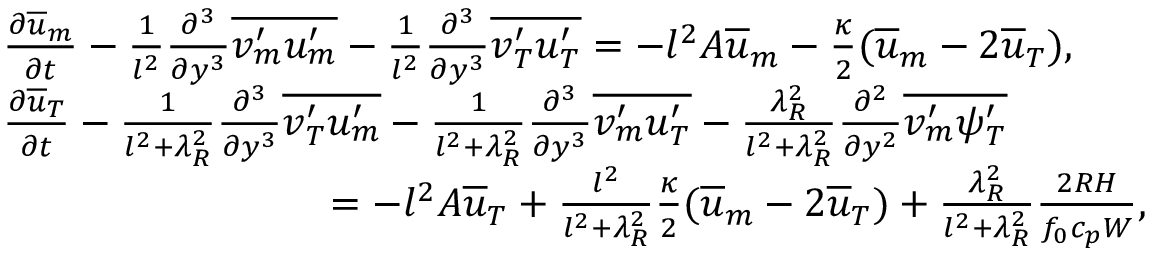
\begin{array} { r l } & { \frac { \partial \overline { { u } } _ { m } } { \partial t } - \frac { 1 } { l ^ { 2 } } \frac { \partial ^ { 3 } } { \partial y ^ { 3 } } \overline { { v _ { m } ^ { \prime } u _ { m } ^ { \prime } } } - \frac { 1 } { l ^ { 2 } } \frac { \partial ^ { 3 } } { \partial y ^ { 3 } } \overline { { v _ { T } ^ { \prime } u _ { T } ^ { \prime } } } = - l ^ { 2 } A \overline { { u } } _ { m } - \frac { \kappa } { 2 } ( \overline { { u } } _ { m } - 2 \overline { { u } } _ { T } ) , } \\ & { \frac { \partial \overline { { u } } _ { T } } { \partial t } - \frac { 1 } { l ^ { 2 } + \lambda _ { R } ^ { 2 } } \frac { \partial ^ { 3 } } { \partial y ^ { 3 } } \overline { { v _ { T } ^ { \prime } u _ { m } ^ { \prime } } } - \frac { 1 } { l ^ { 2 } + \lambda _ { R } ^ { 2 } } \frac { \partial ^ { 3 } } { \partial y ^ { 3 } } \overline { { v _ { m } ^ { \prime } u _ { T } ^ { \prime } } } - \frac { \lambda _ { R } ^ { 2 } } { l ^ { 2 } + \lambda _ { R } ^ { 2 } } \frac { \partial ^ { 2 } } { \partial y ^ { 2 } } \overline { { v _ { m } ^ { \prime } \psi _ { T } ^ { \prime } } } } \\ & { \qquad \qquad \qquad \qquad = - l ^ { 2 } A \overline { { u } } _ { T } + \frac { l ^ { 2 } } { l ^ { 2 } + \lambda _ { R } ^ { 2 } } \frac { \kappa } { 2 } ( \overline { { u } } _ { m } - 2 \overline { { u } } _ { T } ) + \frac { \lambda _ { R } ^ { 2 } } { l ^ { 2 } + \lambda _ { R } ^ { 2 } } \frac { 2 R H } { f _ { 0 } c _ { p } W } , } \end{array}